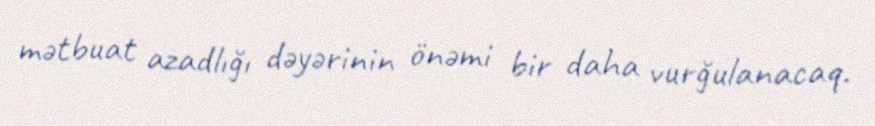
mətbuat azadlığı dəyərinin önəmi bir daha vurğulanacaq.